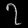
Digit: ၇